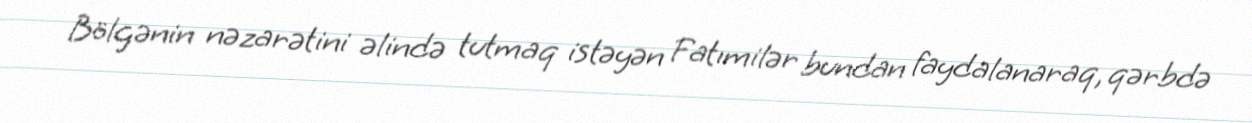
Bölgənin nəzarətini əlində tutmaq istəyən Fatımilər bundan faydalanaraq, qərbdə